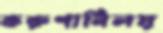
করুণানিলয়